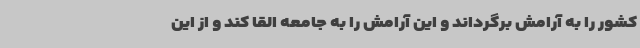
کشور را به آرامش برگرداند و این آرامش را به جامعه القا کند و از این